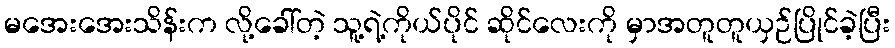
မအေးအေးသိန်းက လို့ခေါ်တဲ့ သူ့ရဲ့ကိုယ်ပိုင် ဆိုင်လေးကို မှာအတူတူယှဉ်ပြိုင်ခဲ့ပြီး